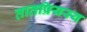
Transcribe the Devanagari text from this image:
तातप्रियस्य